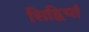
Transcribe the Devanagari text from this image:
सिद्वियां